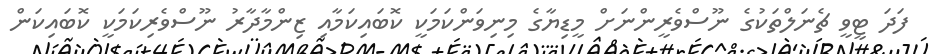
ފަދަ ޓީވީ ޗެނަލްތަކުގެ ނޫސްވެރީންނަށް މީޑިޔާގެ މިނިވަންކަމަކީ ކޮބައިކަމާއި ޒިންމާދާރު ނޫސްވެރިކަމަކީ ކޮބައިކަން